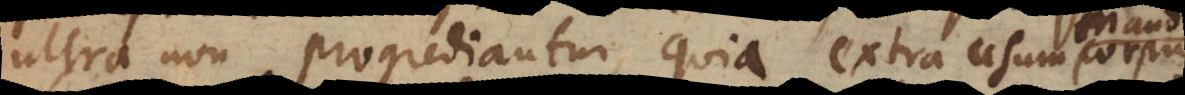
ultra non progrediantur, quia extra usum